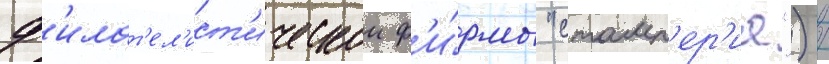
ф'илат'ел'ист'ическои ф'и́рмы "стамп'ер'иа") /